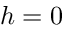
h = 0